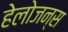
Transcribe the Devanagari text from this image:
हेलोजन्स